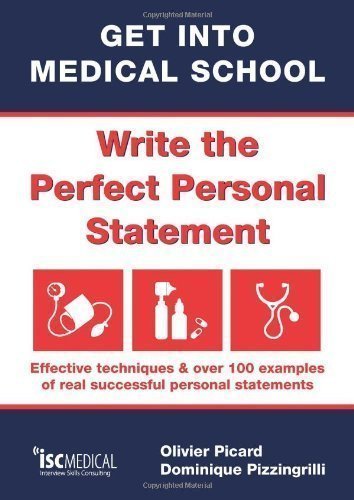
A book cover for Get into Medical School - Write the perfect personal statement. Effective techniques & over 100 examples of real successful personal statements (UCAS Medicine) by Olivier Picard, Dominique Pizzingrilli 1st (first) Edition (2010); Education & Teaching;